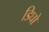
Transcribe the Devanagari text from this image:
डिघो